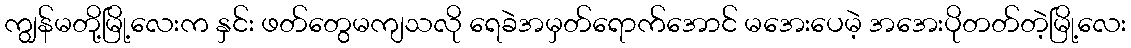
ကျွန်မတို့မြို့လေးက နှင်း ဖတ်တွေမကျသလို ရေခဲအမှတ်ရောက်အောင် မအေးပေမဲ့ အအေးပိုတတ်တဲ့မြို့လေး